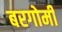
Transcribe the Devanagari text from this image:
बरगोमी